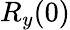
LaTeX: R_{y}(0)